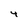
Character: 4